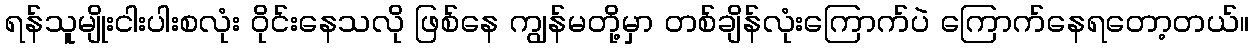
ရန်သူမျိုးငါးပါးစလုံး ဝိုင်းနေသလို ဖြစ်နေ ကျွန်မတို့မှာ တစ်ချိန်လုံးကြောက်ပဲ ကြောက်နေရတော့တယ်။